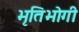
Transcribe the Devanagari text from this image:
भृतिभोगी